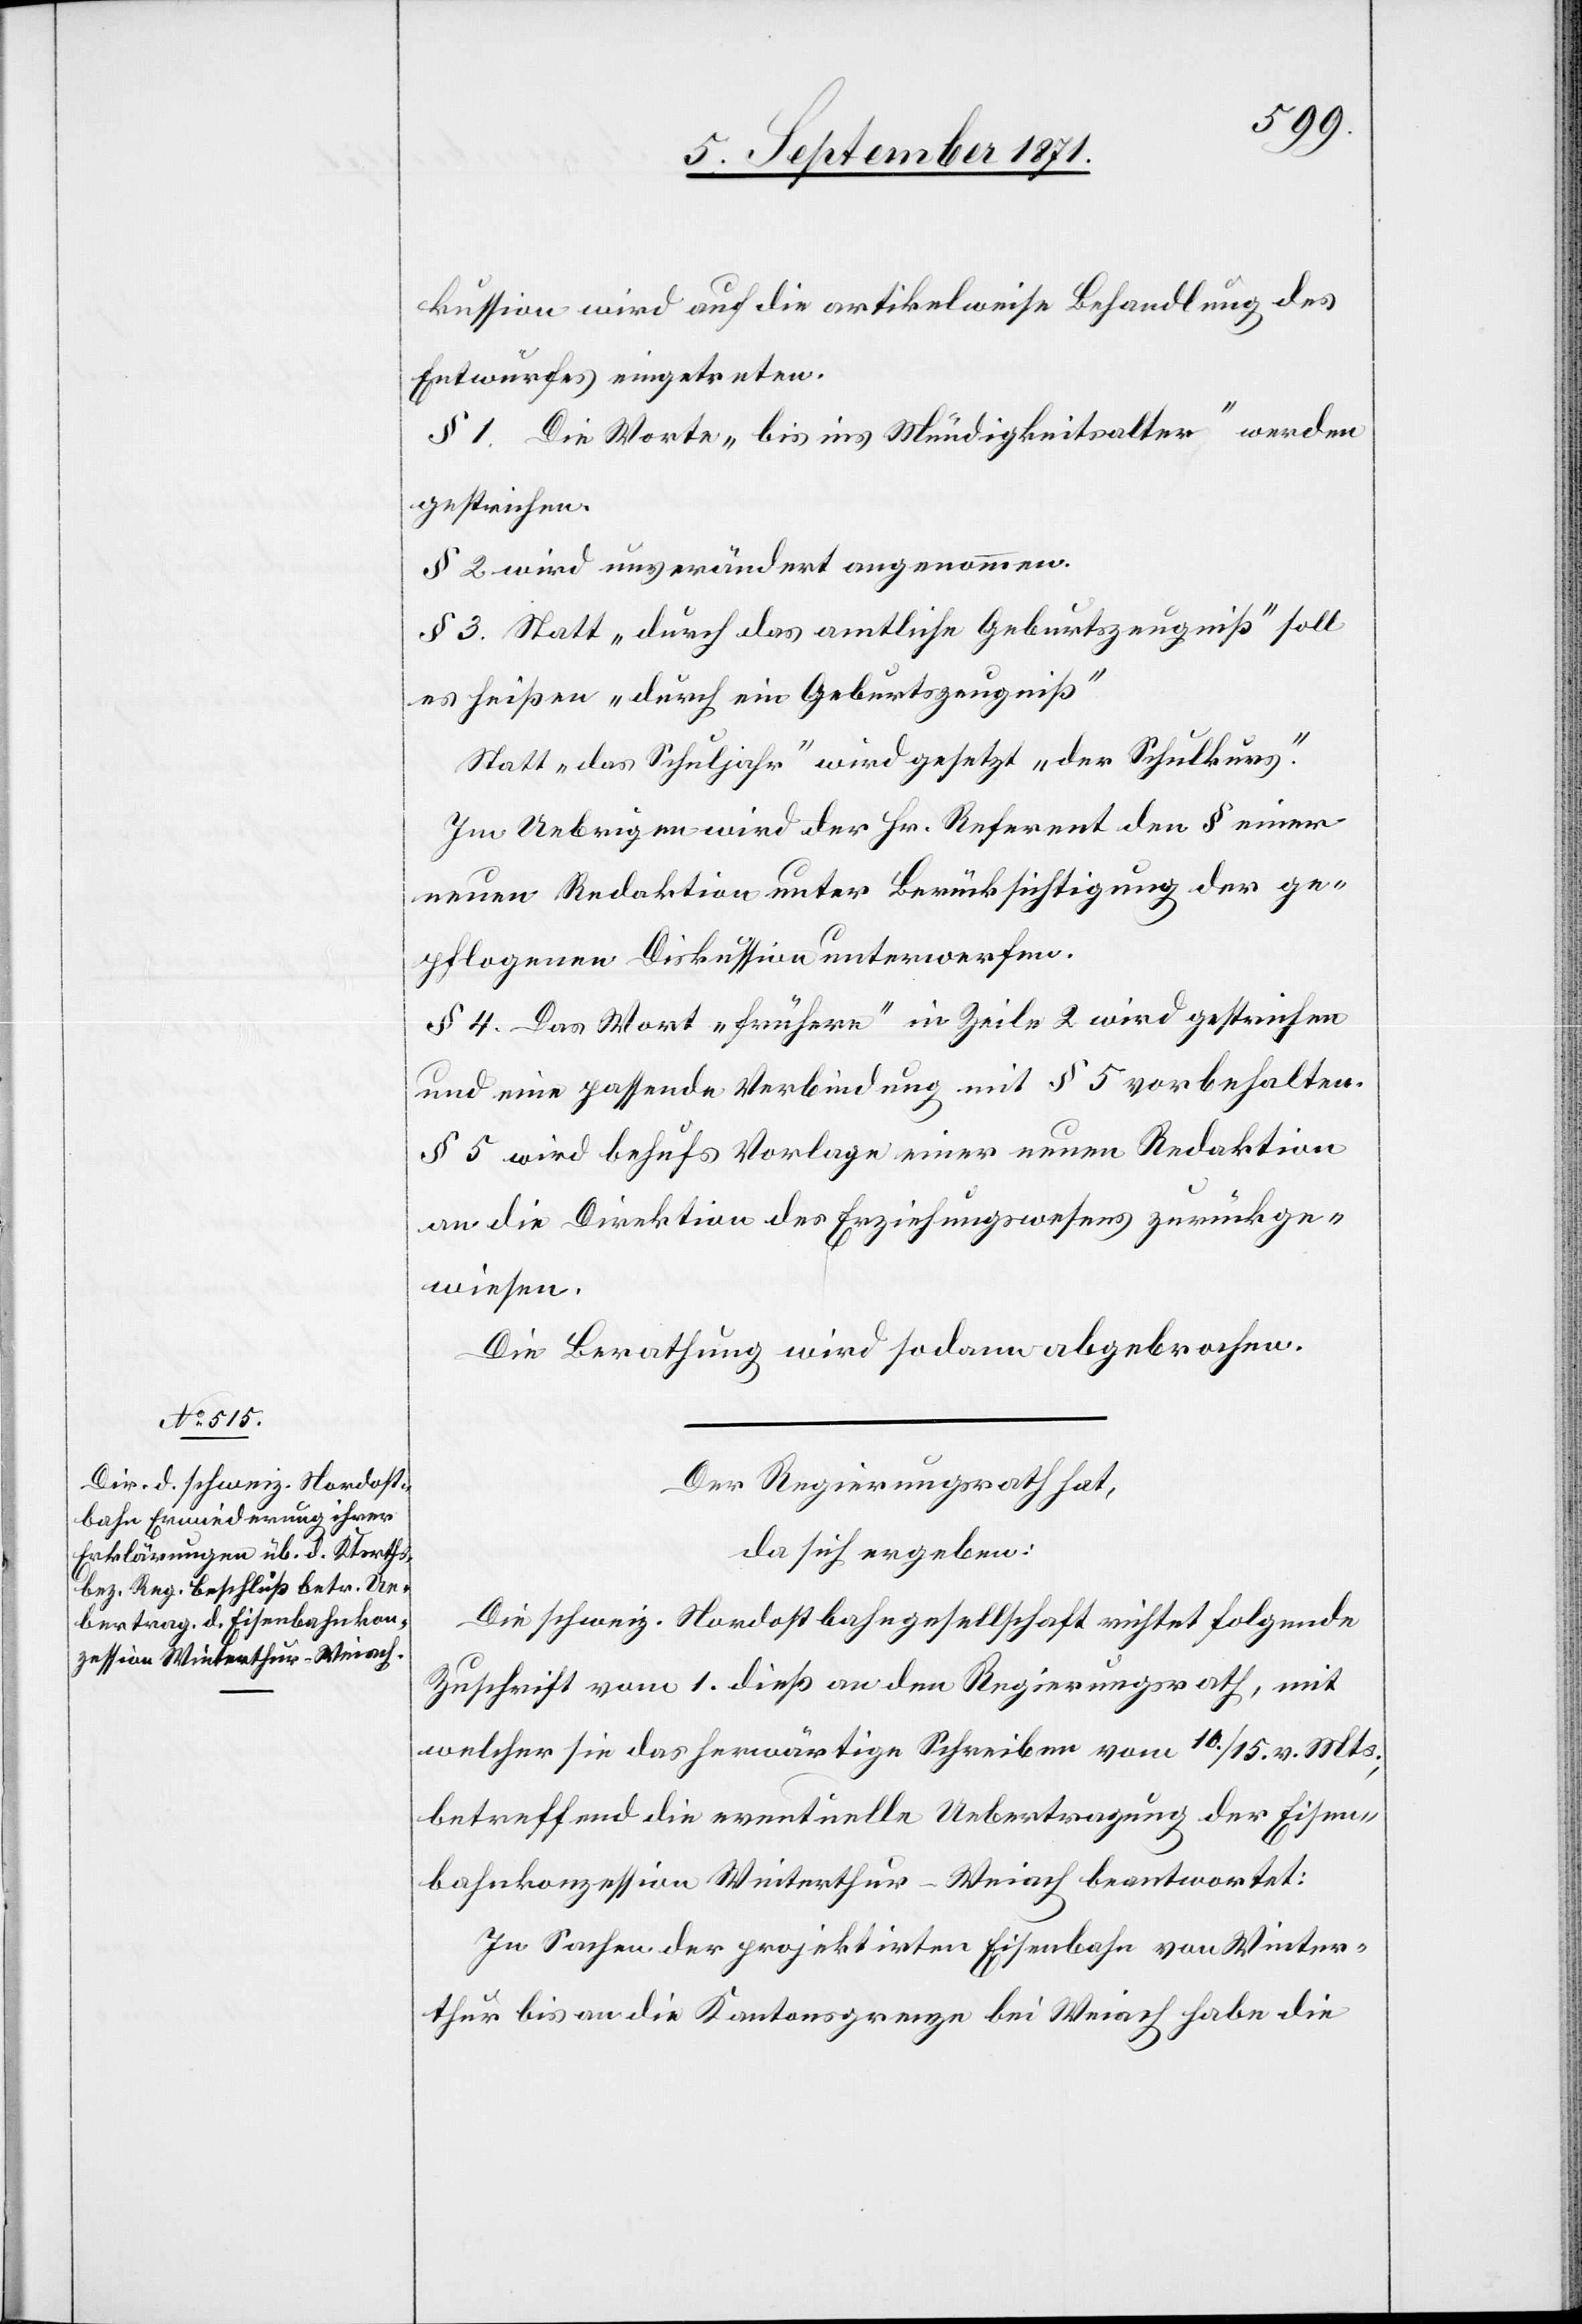
kussion wird auf die artikelweise Behandlung des
Entwurfes eingetreten.
§ 1. Die Worte „bis ins Ständigkeitsalter“ werden
gestrichen.
§ 2 wird ungeändert angenommen.
§ 3. Statt „durch das amtliche Geburtszeugniß“ soll
es heißen „durch ein Geburtstagzeugniß“
Statt „das Schuljahr“ wird gesetzt „der Schulkurs“.
Im Anbringen wird der Hr. Referent den § einer
neuen Redaktion unter Berücksichtigung der ge¬
pflogenen Diskussion unterwerfen.
§ 4. Das Wort „frühern“ in Zeile 2 wird gestrichen
und eine passende Verbindung mit § 5 vorbehalten.
§ 5 wird behufs Vorlage einer neuen Redaktion
an die Direktion des Erziehungswesens zurückge¬
wiesen.
Die Berathung wird sodann abgebrochen.
Der Regierungsrath hat,
da sich ergeben:
Die schweiz. Nordostbahngesellschaft richtet folgende
Zuschrift vom 1. dieß an den Regierungsrath, mit
welcher sie das herwärtige Schreiben vom 10./15. v. Mts.,
betreffend die eventuelle Uebertragung der Eisen¬
bahnkonzession Winterthur–Weiach beantwortet:
In Sachen der projektirten Eisenbahn von Winter¬
thur bis an die Kantonsgrenze bei Weiach habe die